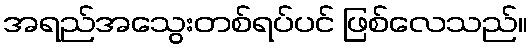
အရည်အသွေးတစ်ရပ်ပင် ဖြစ်လေသည်။